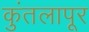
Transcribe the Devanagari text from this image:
कुंतलापूर